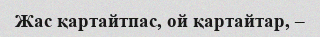
Жас қартайтпас, ой қартайтар, –